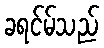
ခရင်မ်သည်